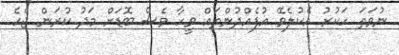
ނުވަތަ ހަކުރު އެކުލެވޭ އުފެއްދުންތައް ވީހާ ވެސް ބޮޑަށް މަދު ކުރަން ޖެހެ